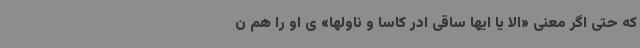
که حتی اگر معنی «الا یا ایها ساقی ادر کاسا و ناولها» ی او را هم ن